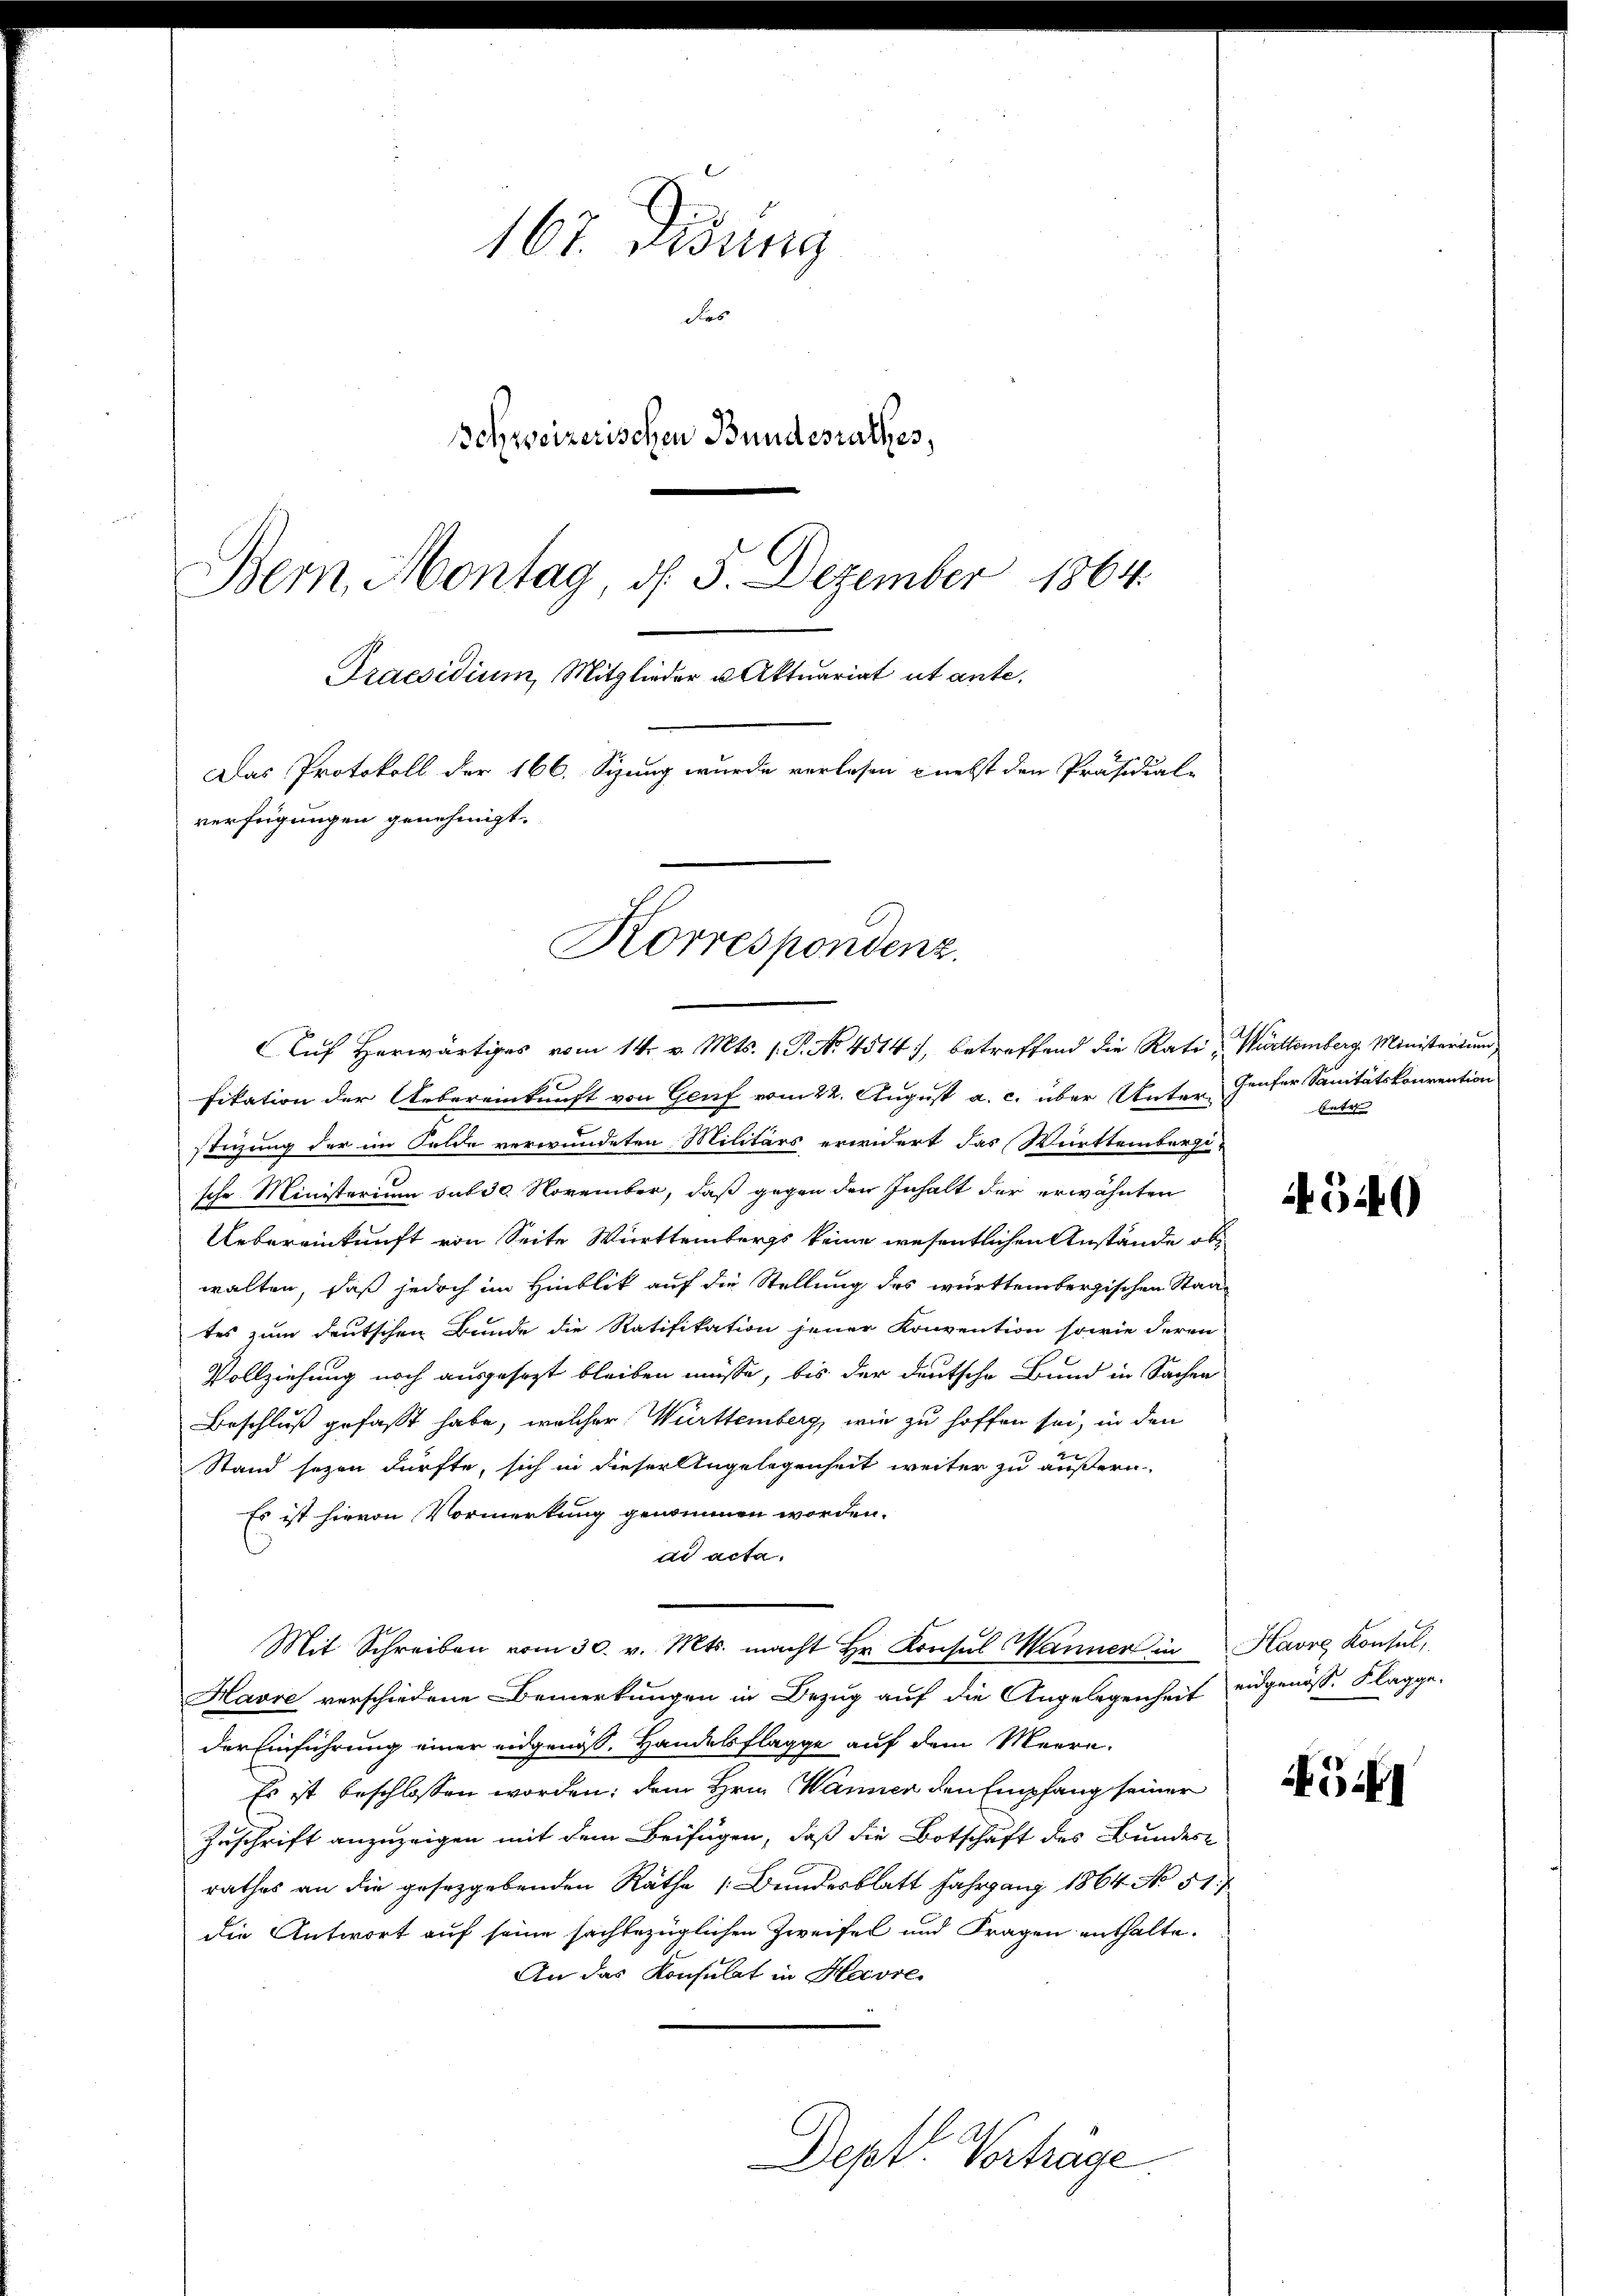
167. Disung
Das
Schweizerischen Bundesrathes,
Bern, Montag, d. 5. Dezember 1864.
Praesidium, Mitglieder u. Aktuariat ut ante.
Das Protokoll der 166. Sizung wurde verlesen nebst den Präsidial-
verfügungen genehmigt.

Korrespondenz.
Auf Herwärtiges vom 14. v. Mts. 1. P. No 4514), betreffend die Rati - Württemberg. Ministerium

fikation der Uebereinkunft von Genf vom 22. August a. c. über Unter- Genfer Sanitätskonvention
stigung der im Felde verwundeten Militärs erwidert das Württembergi
sche Ministerium sub 30. November, daß gegen den Inhalt der erwähnten
Uebereinkunft von Seite Württembergs keine wesentlichen Anstände obwalten, daß jedoch im Hinblik auf die Stellung des württembergischen Staates zum deutschen Bunde die Ratifikation jener Konvention sowie deren
Vollziehung noch ausgesezt bleiben müsse, bis der deutsche Bund in Sachen
Beschluß gefaßt habe, welcher Württemberg, wie zu hoffen sei, in den
Stand seyen dürfte, sich in dieser Angelegenheit weiter zu äußern.
Es ist hievon Vormerkung genommen worden.
dd acta.
Mit Schreiben vom 30. v. Mts. macht Hr. Konsul Wanner in Havre Konsul,
Havre verschiedene Bemerkungen in Bezug auf die Angelegenheit eidgenöss. Klagge-
der Einführung einer eidgenöß. Handelflagge auf dem Meere.
Es ist beschlossen worden; dem Hrn. Wanner den Empfang seiner
Zuschrift anzuzeigen mit dem Beifügen, daß die Botschaft des Bundes
rathes an die gesezgebenden Räthe (Bundesblatt Jahrgang 1864 No 51.
die Antwort auf seine sachbezüglichen Zweifel und Fragen enthalte.
An das Konsulat in Havre,
Dept. Verträge

betr

546

54